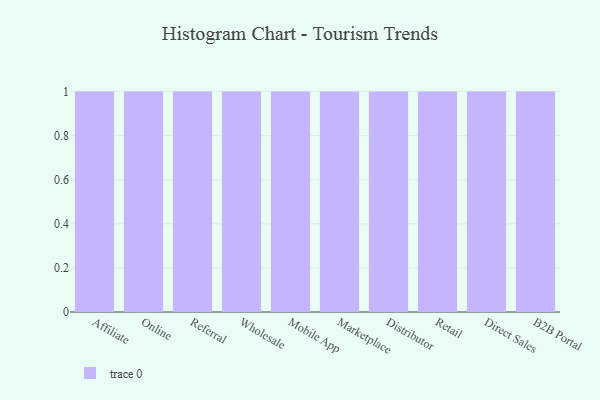
{"axis": {"x": "Channel", "y": "Backlog"}, "legend": [""], "data": [{"x": "Affiliate", "y": 33, "type": ""}, {"x": "Online", "y": 13, "type": ""}, {"x": "Referral", "y": 51, "type": ""}, {"x": "Wholesale", "y": 66, "type": ""}, {"x": "Mobile App", "y": 30, "type": ""}, {"x": "Marketplace", "y": 31, "type": ""}, {"x": "Distributor", "y": 67, "type": ""}, {"x": "Retail", "y": 27, "type": ""}, {"x": "Direct Sales", "y": 8, "type": ""}, {"x": "B2B Portal", "y": 79, "type": ""}]}